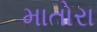
માતોરા